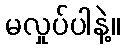
မလှုပ်ပါနဲ့။